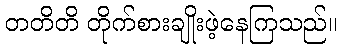
တတိတိ တိုက်စားချိုးဖဲ့နေကြသည်။